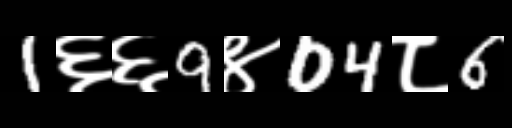
Text: 1६६9४04८6